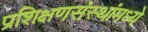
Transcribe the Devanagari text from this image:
प्रशिक्षणसंस्थांमध्ये